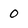
Character: 0